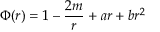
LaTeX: \Phi ( r ) = 1 - { \frac { 2 m } { r } } + a r + b r ^ { 2 }